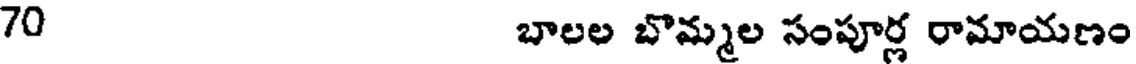
70 బాలల బొమ్మల సంపూర్ల రామాయణం